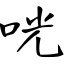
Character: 咣